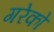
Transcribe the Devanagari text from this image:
गरेको